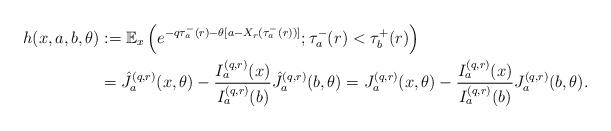
LaTeX: \begin{align*} h(x,a,b,\theta ) &:=\mathbb{E}_x\left(e^{-q\tau_a^-(r)-\theta [a-X_r (\tau_a^- (r))]};\tau_a^-(r) <\tau_b^+ (r)\right) \\ &= \hat{J}_a^{(q,r)}(x,\theta ) -\frac {I_a^{(q,r)}(x)} {I_a^{(q,r)}(b)} \hat{J}_a^{(q,r)}(b,\theta ) = J_a^{(q,r)}(x,\theta ) -\frac {I_a^{(q,r)}(x)} {I_a^{(q,r)}(b)} J_a^{(q,r)}(b,\theta ). \end{align*}